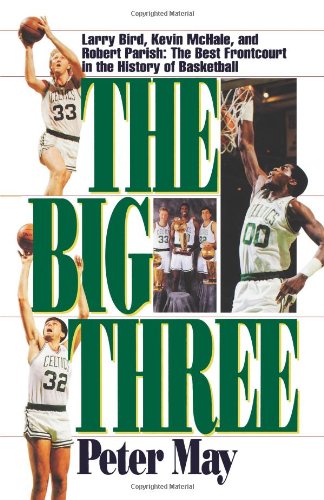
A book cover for The Big Three; Peter May; Sports & Outdoors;